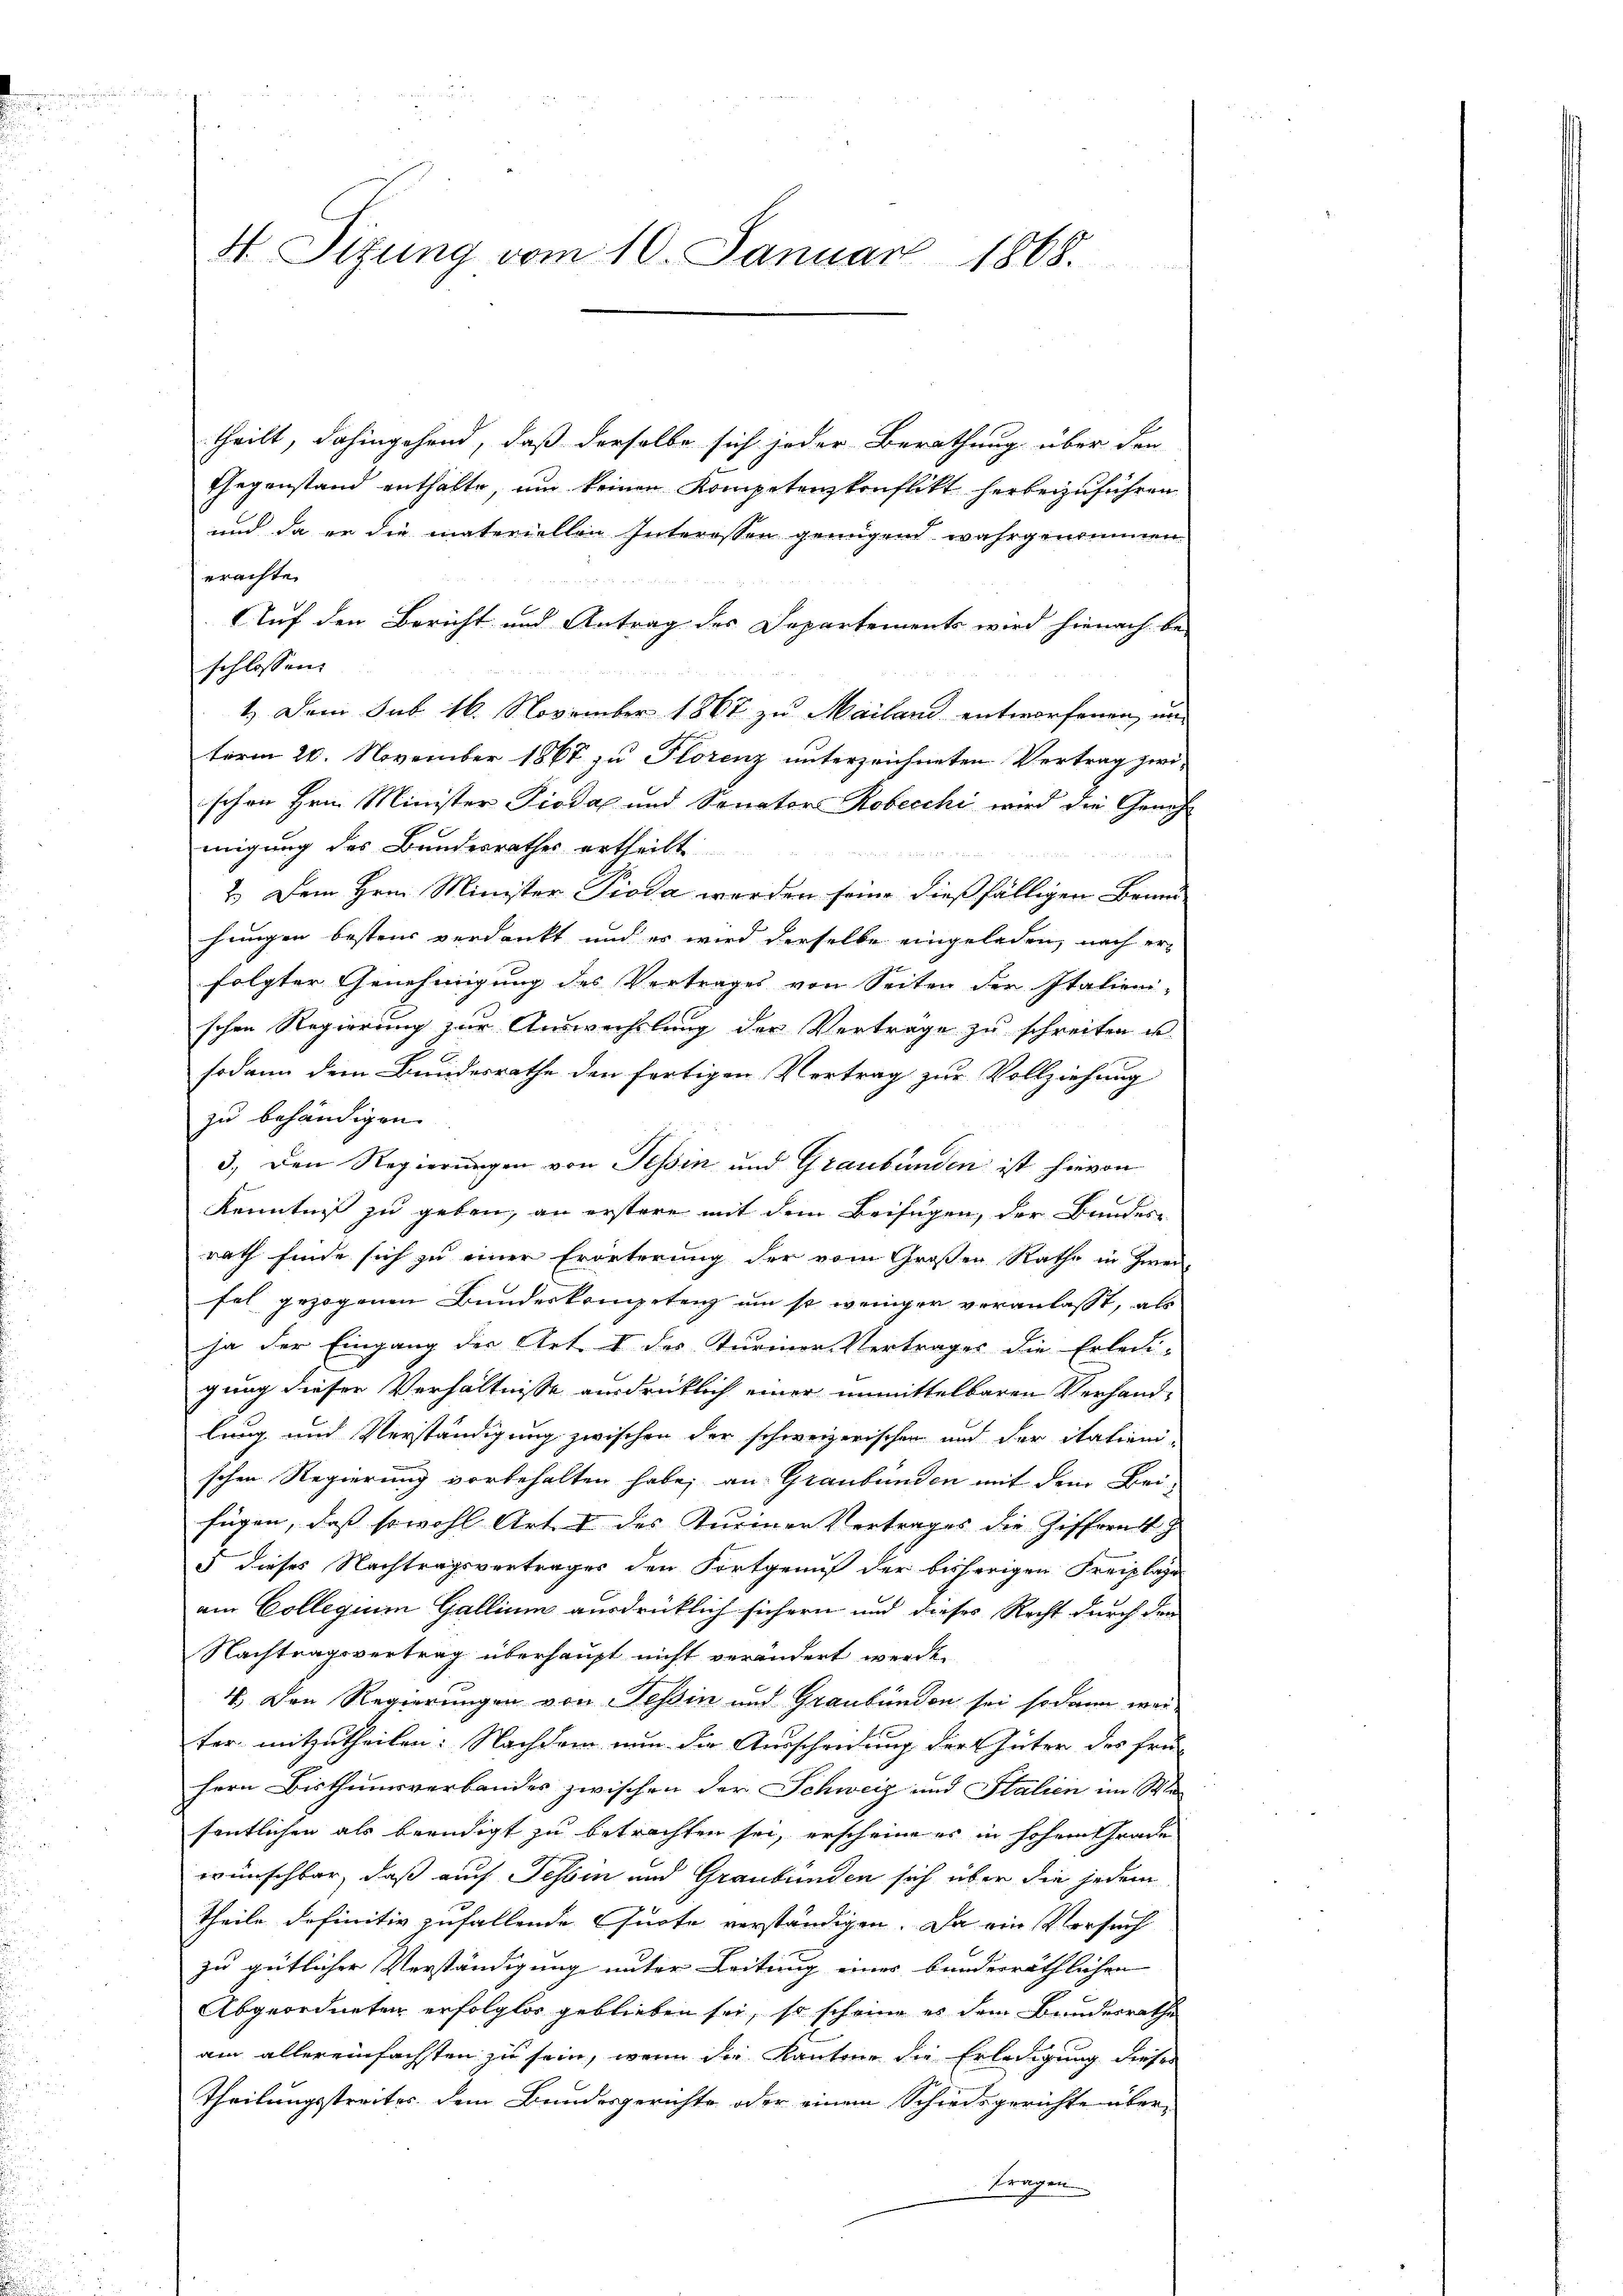
N Sizung vom 10. Januar 1868.

theilt, dahingehend, daß derselbe sich jeder Berathung über den
Gegenstand enthalte, um keinen Kompetenzkonflikt herbeizuführen
und da er die materiellen Interessen genügend wahrgenommen
erachte.
Auf den Bericht und Antrag des Departements wird hienach be-
schlossen:
1.) Dem sub 16. November 1867 zu Mailand entworfenen un-
term 20. November 1867 zu Florenz unterzeichneten Vertrag zwi
schon Hrn. Minister Piodax und Senator Robecchi wird die Genehmigung des Bundesrathes ertheilt

2.) Dem Hrn. Minister Pioda werden seine dießfälligen Brun
jungen besteur verdankt und es wird derselbe eingeladen, nach erfolgter Genehmigung des Vertrages von Seiten der Italieni-
schen Regierung zur Auswechslung der Vertrage zu schreiten u.
sodann dem Bundesrathe den fortigen Vertrag zur Vollziehung
zu behändigen
3.) Den Regierungen von Tessin und Graubünden ist hievon
Kenntniß zu geben, an erstere mit dem Beifügen, der Bundes-
rath finde sich zu einer Erörterung der vom Großen Rathe in Zwei
fel gezogenen Bunderkompetenz um so weniger veranlasst, als
ja der Eingang der Art. I des Turiner Vertrages die Erledi-
gung dieser Verhältnisse ausdrücklich einer unmittelbaren Verhandlung und Verständigung zwischen der schweizerischen und der Nationi-
schen Regierung vorbehalten habe, an Graubünden mit dem Bei-
fügen, daß sowohl Art. I des Turinen Vertrages die Ziffernt
3 dieses Nachtragsvertrages den Fortgenuß der bisherigen Freiplage
am Collegium Gallium ausdrücklich sichern und dieses Recht durch den
Nachtragsvertrag überhaupt nicht verändert werde.
4.) Den Regierungen von Tessin und Graubünden sei so dann weiter mitzutheilen: Nachdem nun die Ausscheidung der Güter des Frei
hern Bisthumsverbandes zwischen der Schweiz und Italien im Ma-
fentlichen als beendigt zu betrachten sei, erscheine es in hohem Grade
wünschbar, daß auch Tessin und Graubünden sich über die jedem
Theile definitiv zufallende Quote verständigen. Da ein Versuch
zu gütlicher Verständigung unter Leitung einer bundesräthlichen
Abgeordneten erfolglos geblieben sei, so scheine es dem Bundesrathe
am allereinfachsten zu sein, wenn die Kantone die Erledigung dieser
Theilungsstreites dem Bundesgerichte oder einem Schiedsgerichte über
Fragen